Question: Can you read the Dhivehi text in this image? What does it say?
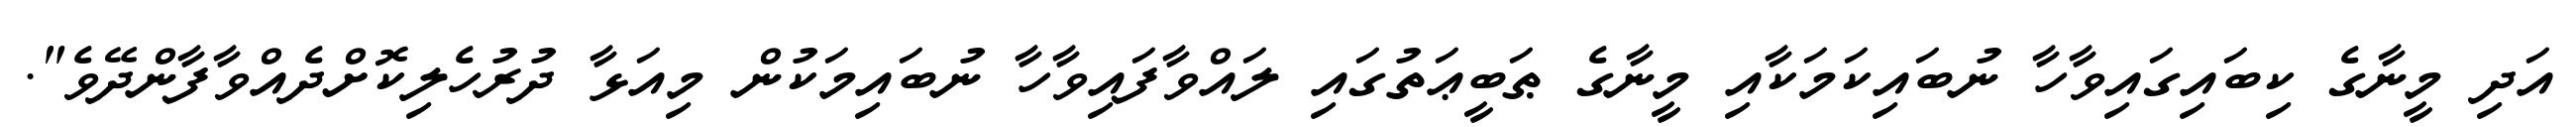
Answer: އަދި މީނާގެ ކިބައިގައިވާހާ ނުބައިކަމަކާއި މީނާގެ ޠަބީޢަތުގައި ލައްވާފައިވާހާ ނުބައިމަކުން މިއަޅާ ދުރުހެލިކޮށްދެއްވާފާންދޭވެ".